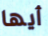
أيها